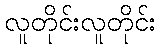
လူတိုင်းလူတိုင်း